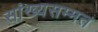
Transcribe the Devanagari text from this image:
सांख्यसम्मत